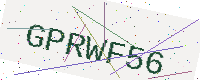
Text: GPRWF56